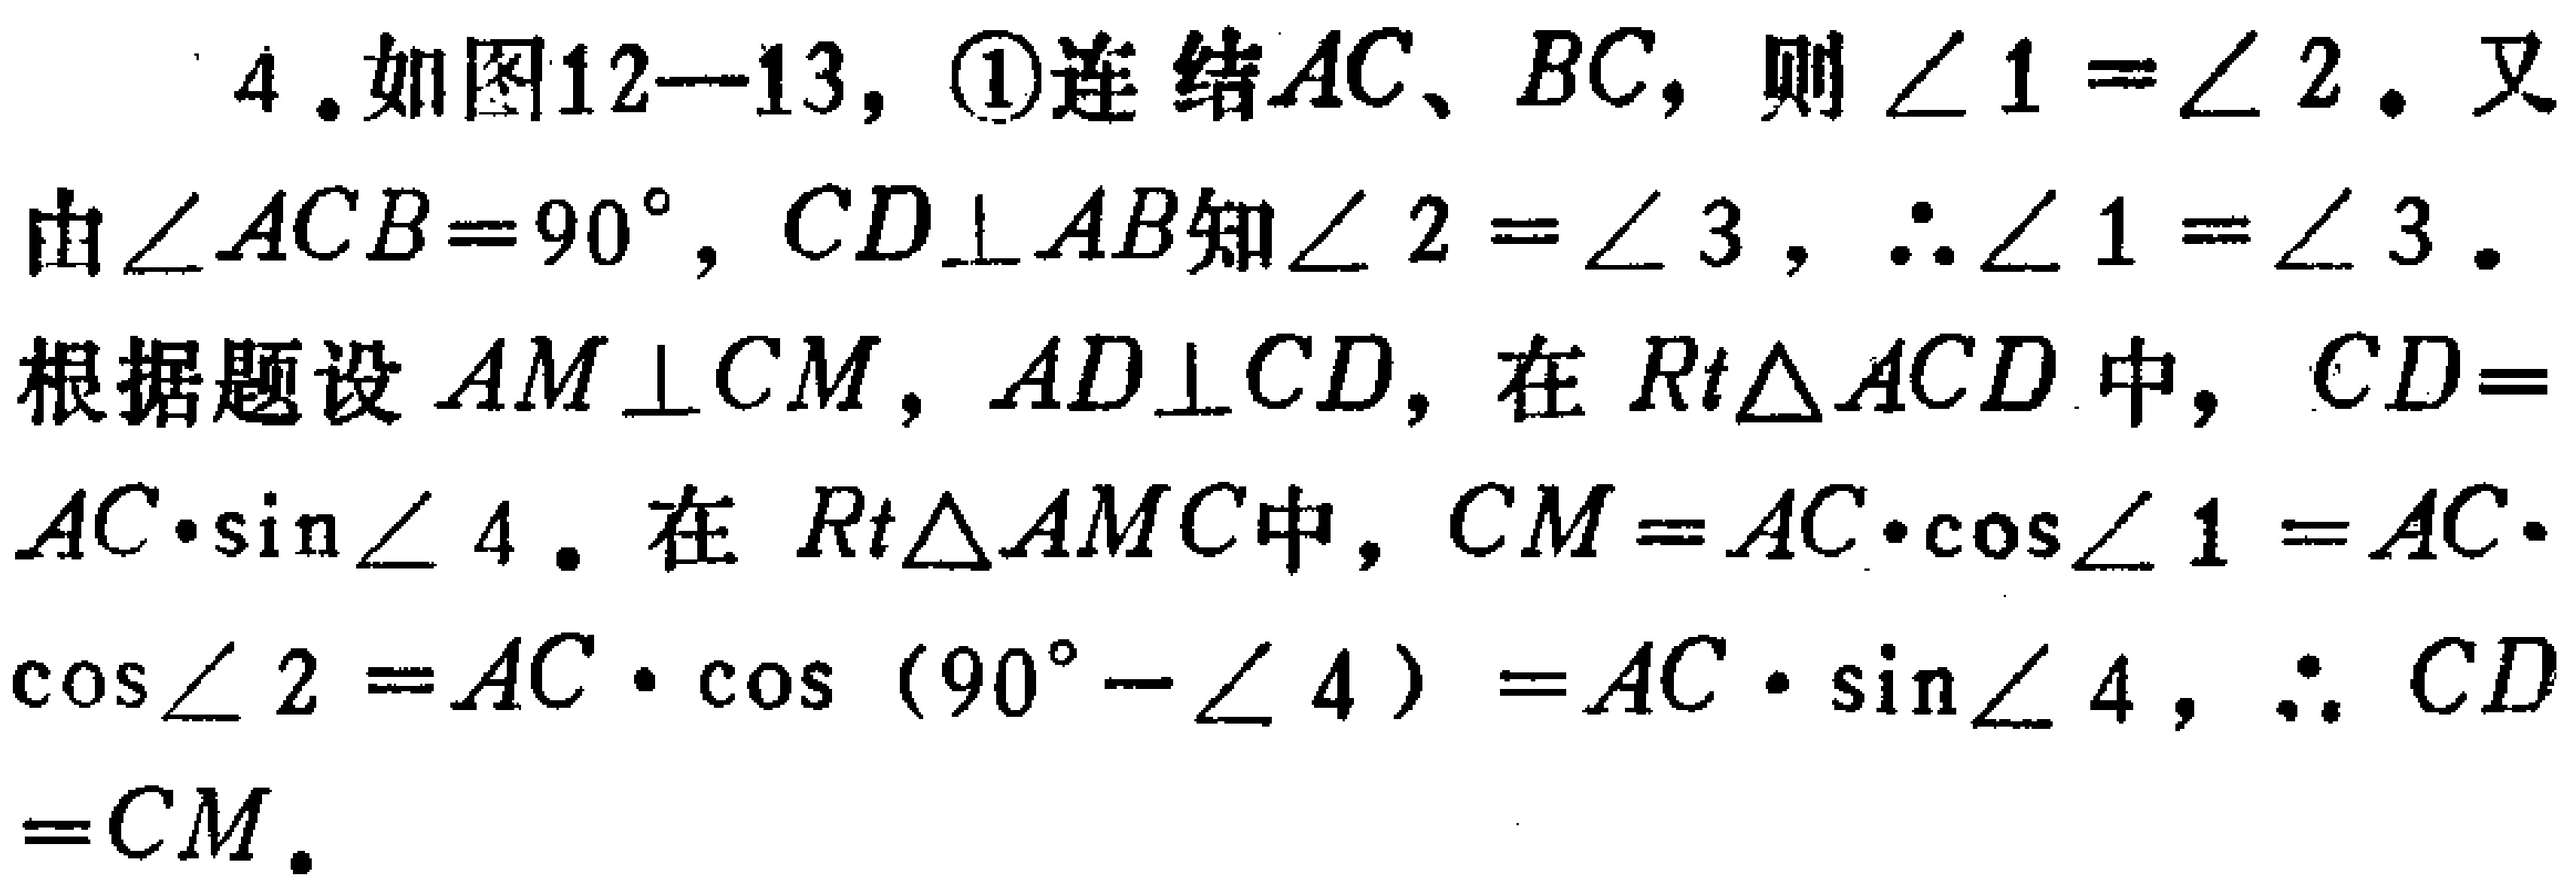
4. 如图12—13，\textcircled{1}连结\(AC\)、\(BC\)，则\(\angle 1 = \angle 2\)。又由\(\angle ACB = 90^{\circ}\)，\(CD\perp AB\)知\(\angle 2 = \angle 3\)，\(\therefore\angle 1 = \angle 3\)。
根据题设\(AM\perp CM\)，\(AD\perp CD\)，在\(Rt\triangle ACD\)中，\(CD = AC\cdot\sin\angle 4\)。在\(Rt\triangle AMC\)中，\(CM = AC\cdot\cos\angle 1 = AC\cdot\cos\angle 2 = AC\cdot\cos(90^{\circ}-\angle 4)=AC\cdot\sin\angle 4\)，\(\therefore CD = CM\)。